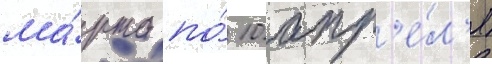
ма́рта по́ 10 апр'е́л'я